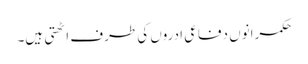
حکمرانوں دفاعی ادروں کی طرف اٹھتی ہیں۔